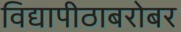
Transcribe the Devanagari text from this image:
विद्यापीठाबरोबर